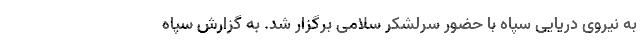
به نیروی دریایی سپاه با حضور سرلشکر سلامی برگزار شد. به گزارش سپاه